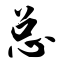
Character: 总